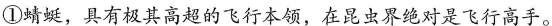
①蜻蜓，具有极其高超的飞行本领，在昆虫界绝对是飞行高手。